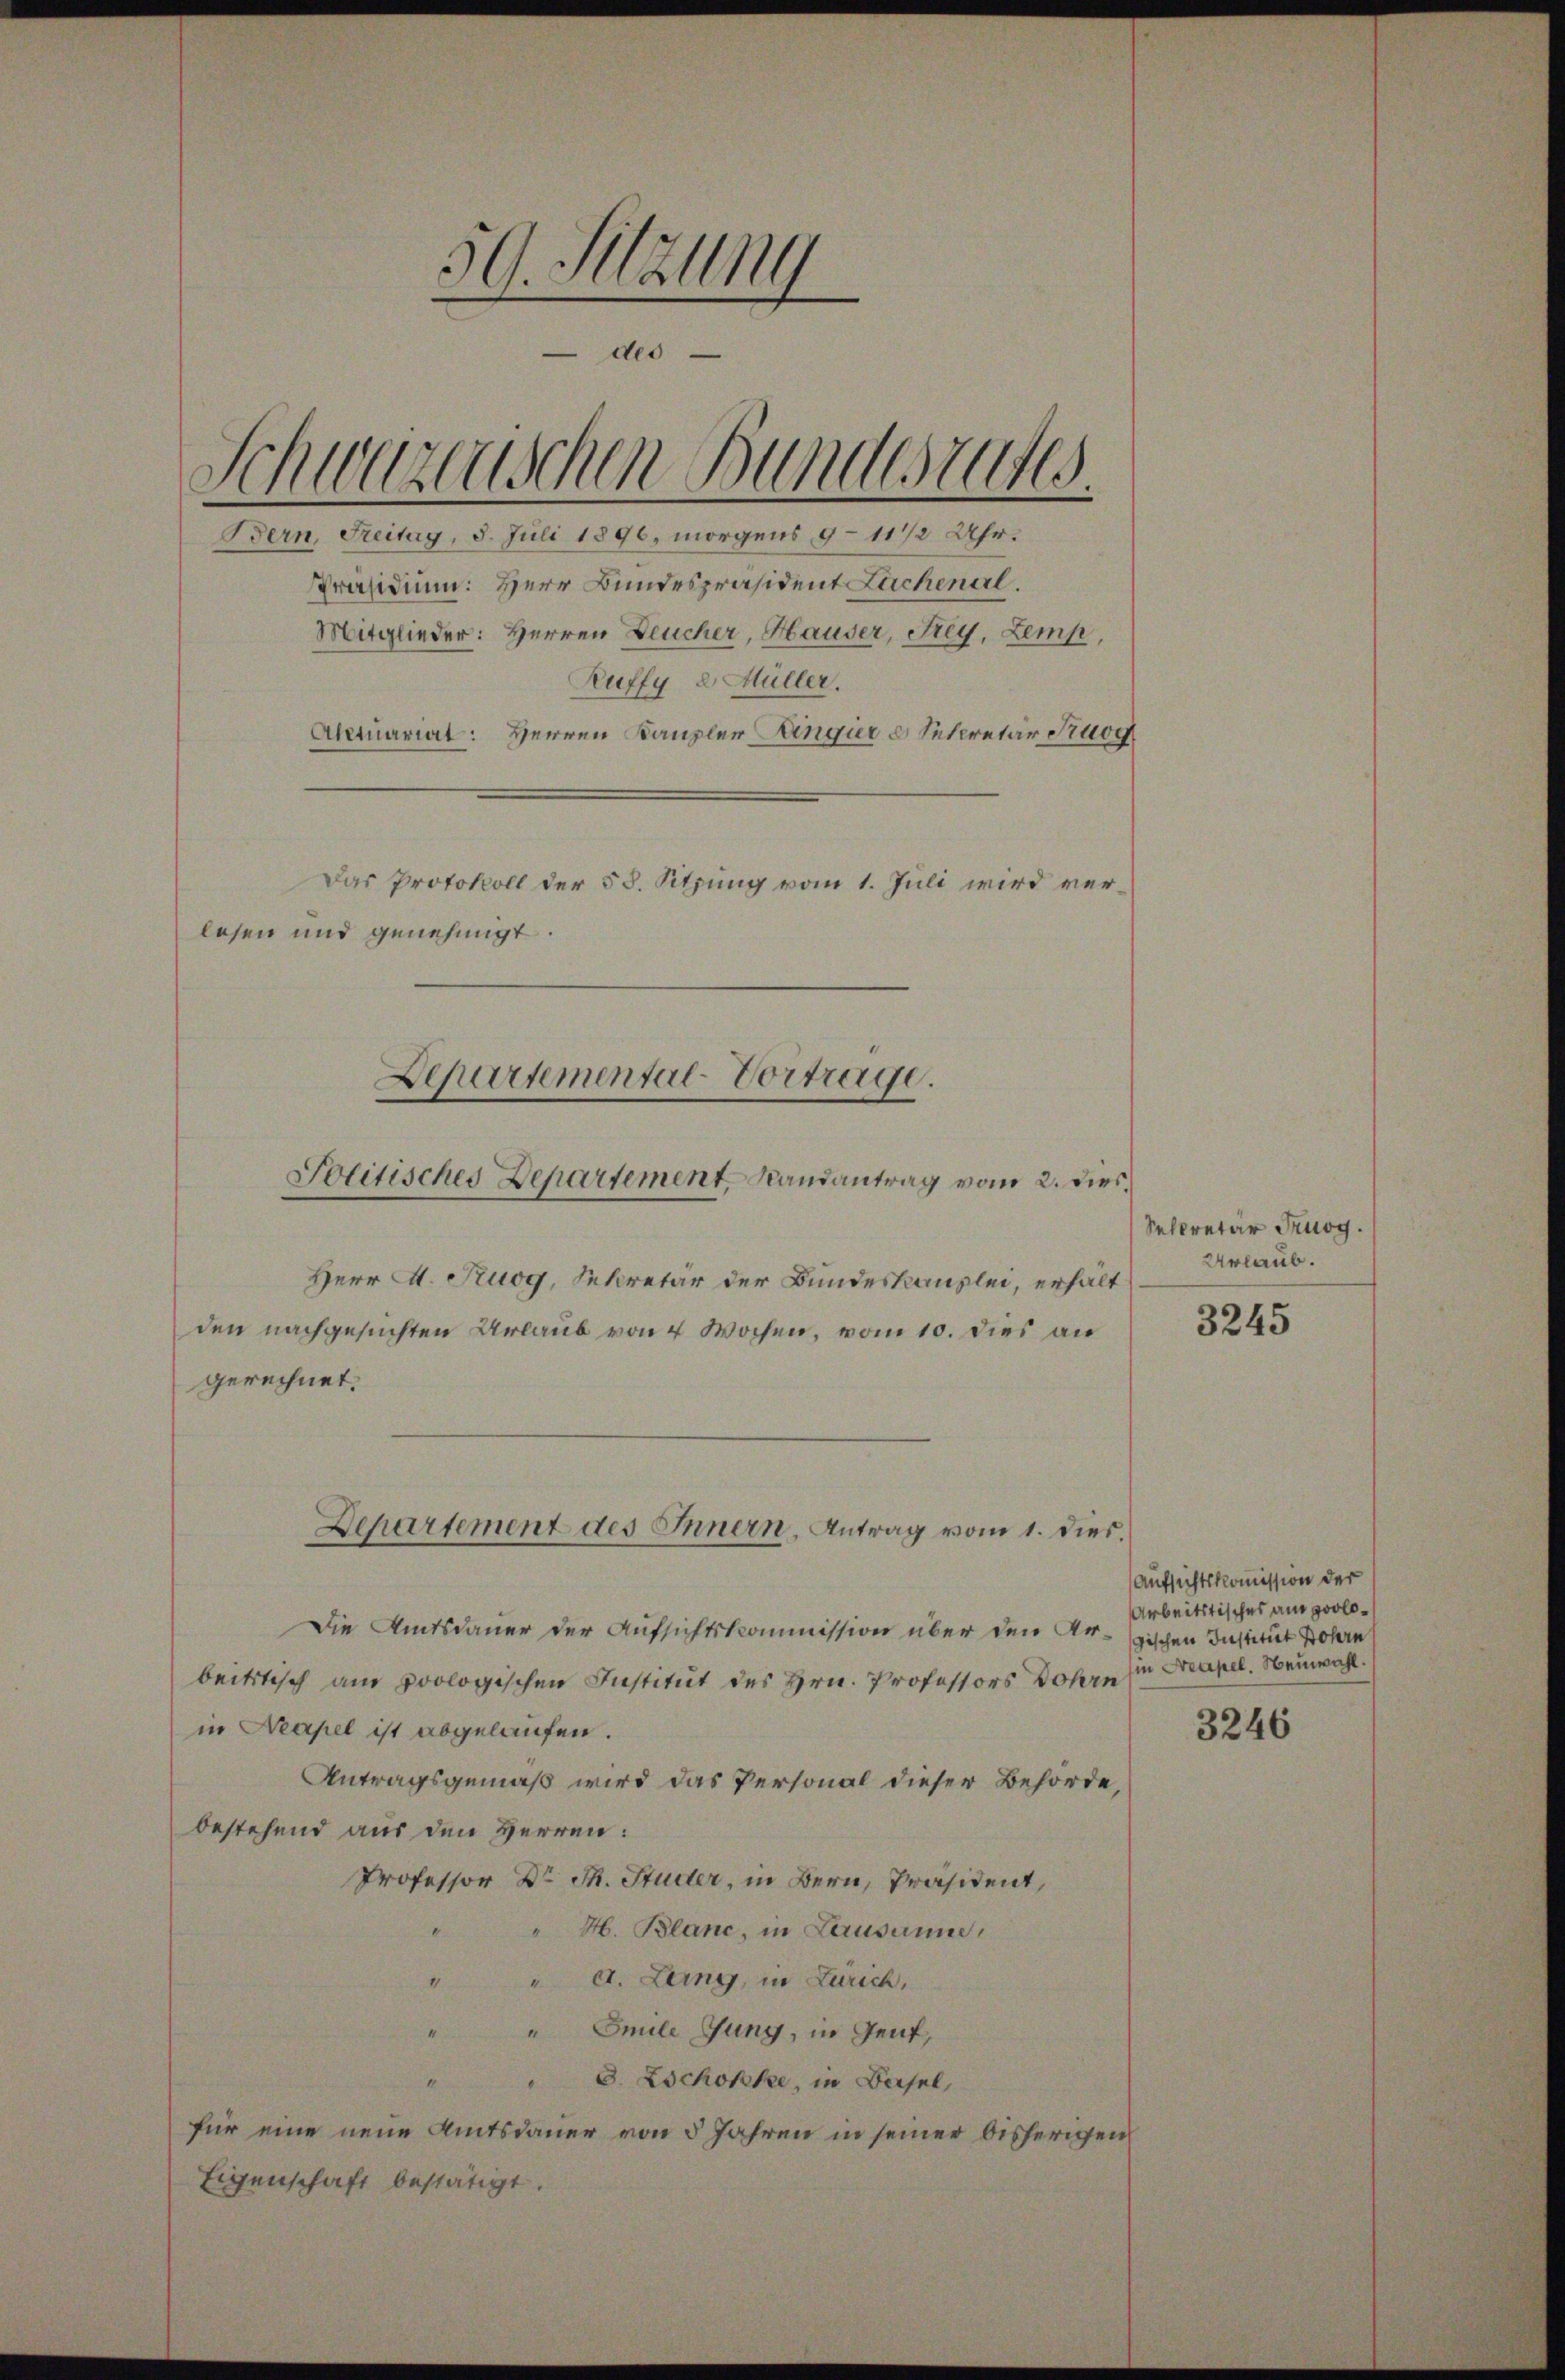
59. Sitzung
des
Schwerenischen Bunderates.
Bern, Freitag, 8. Juli 1896, morgens 9–11/2 Uhr.
Präsidium: Herr Bundespräsident Lachenal.
Mitglieder: Herren Deucher, Hauser, Frey, Lemp,
Ruffy 2 Müller.

Aktuariat: Herren Kanzler Langer & Sekretär Szuor
Das Protokoll der 58. Sitzung vom 1. Juli wird ver¬
Herr A. Kuog, Sekretär der Bundeskanzlei, erhält
den nachgesuchten Urlaub von 4 Wochen, vom 10. dies an
gerechnet.
Departement des Innern, Antrag vom 1. dies.
Die Amtsdauer der Aufsichtskommission über den Ar-gischen Institut ohn
beitstisch am poologischen Institut des Hrn. Professors Dohr, sie Neapel. Neuwahl.
in Neapel ist abgelaufen.
Antragsgemäß wird das Personal dieser Behörde,
bestehend aus den Herren:
Professor Dr. Th. Studer, in Bern, Präsident,
" H. Blanc, in Lausanne,
" " A. Luing, in Zürich,
"" Emile Jung, in Genf,
3. Zschokke, in Basel,
für eine neue Amtsdauer von 5 Jahren in seiner bisherigen
Eigenschaft bestätigt.

lesen und genehmigt.
Departemental-Vortrage.
Politisches Departement, Randantrag vom 2. Dies

Selcretär Truog.
Urlaub.

3245

Aufsichtskommission der
Arbeitstisches am prolo¬

3246